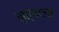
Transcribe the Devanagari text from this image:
मुत्याला